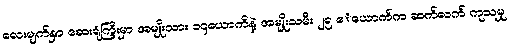
လေးမျက်နှာ ဆေးရုံကြီးမှာ အမျိုးသား ၁၄ယောက်နဲ့ အမျိုးသမီး ၂၅ ေယောက်က ဆက်လက် ကုသမှု